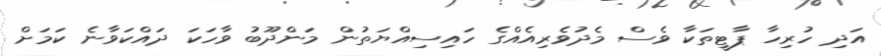
އަދި ހުރިހާ ޕާޓީތަކާ ވެސް މެދުވެރިއެއްގެ ހައިސިއްޔަތުން މަންދޫބު ވާހަކަ ދައްކަވާނެ ކަމަށް